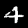
Digit: 4